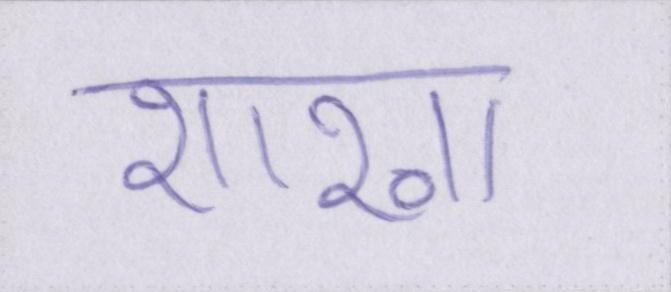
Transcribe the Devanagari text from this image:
शाखा